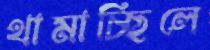
থামাচ্ছিলে